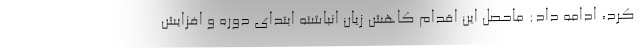
کرد، ادامه داد: ماحصل این اقدام کاهش زیان انباشته ابتدای دوره و افزایش